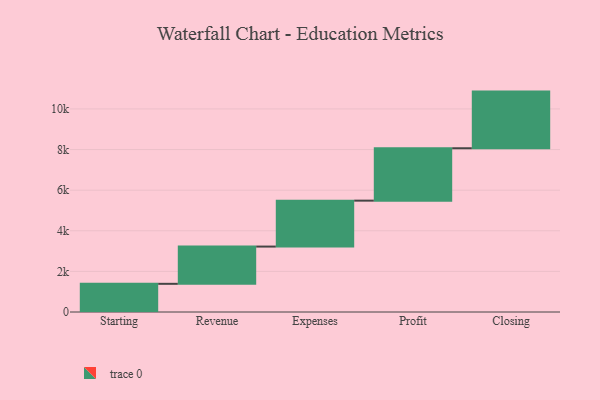
{"axis": {"x": "Step", "y": "Value"}, "legend": [""], "data": [{"x": "Starting", "y": 1388.0, "type": ""}, {"x": "Revenue", "y": 1834.0, "type": ""}, {"x": "Expenses", "y": 2262.0, "type": ""}, {"x": "Profit", "y": 2580.0, "type": ""}, {"x": "Closing", "y": 2790.0, "type": ""}]}